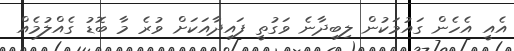
އެއީ އެހެން ގައުމަކުން ލިބިދާނެ ވަގުތީ ފައިދާއަކަށް ވުރެ މާ ބޮޑު ގެއްލުމެއް